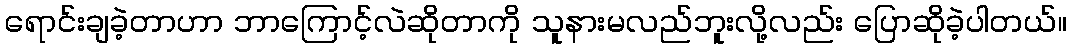
ရောင်းချခဲ့တာဟာ ဘာကြောင့်လဲဆိုတာကို သူနားမလည်ဘူးလို့လည်း ပြောဆိုခဲ့ပါတယ်။